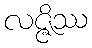
လဇ္ဇိဿ